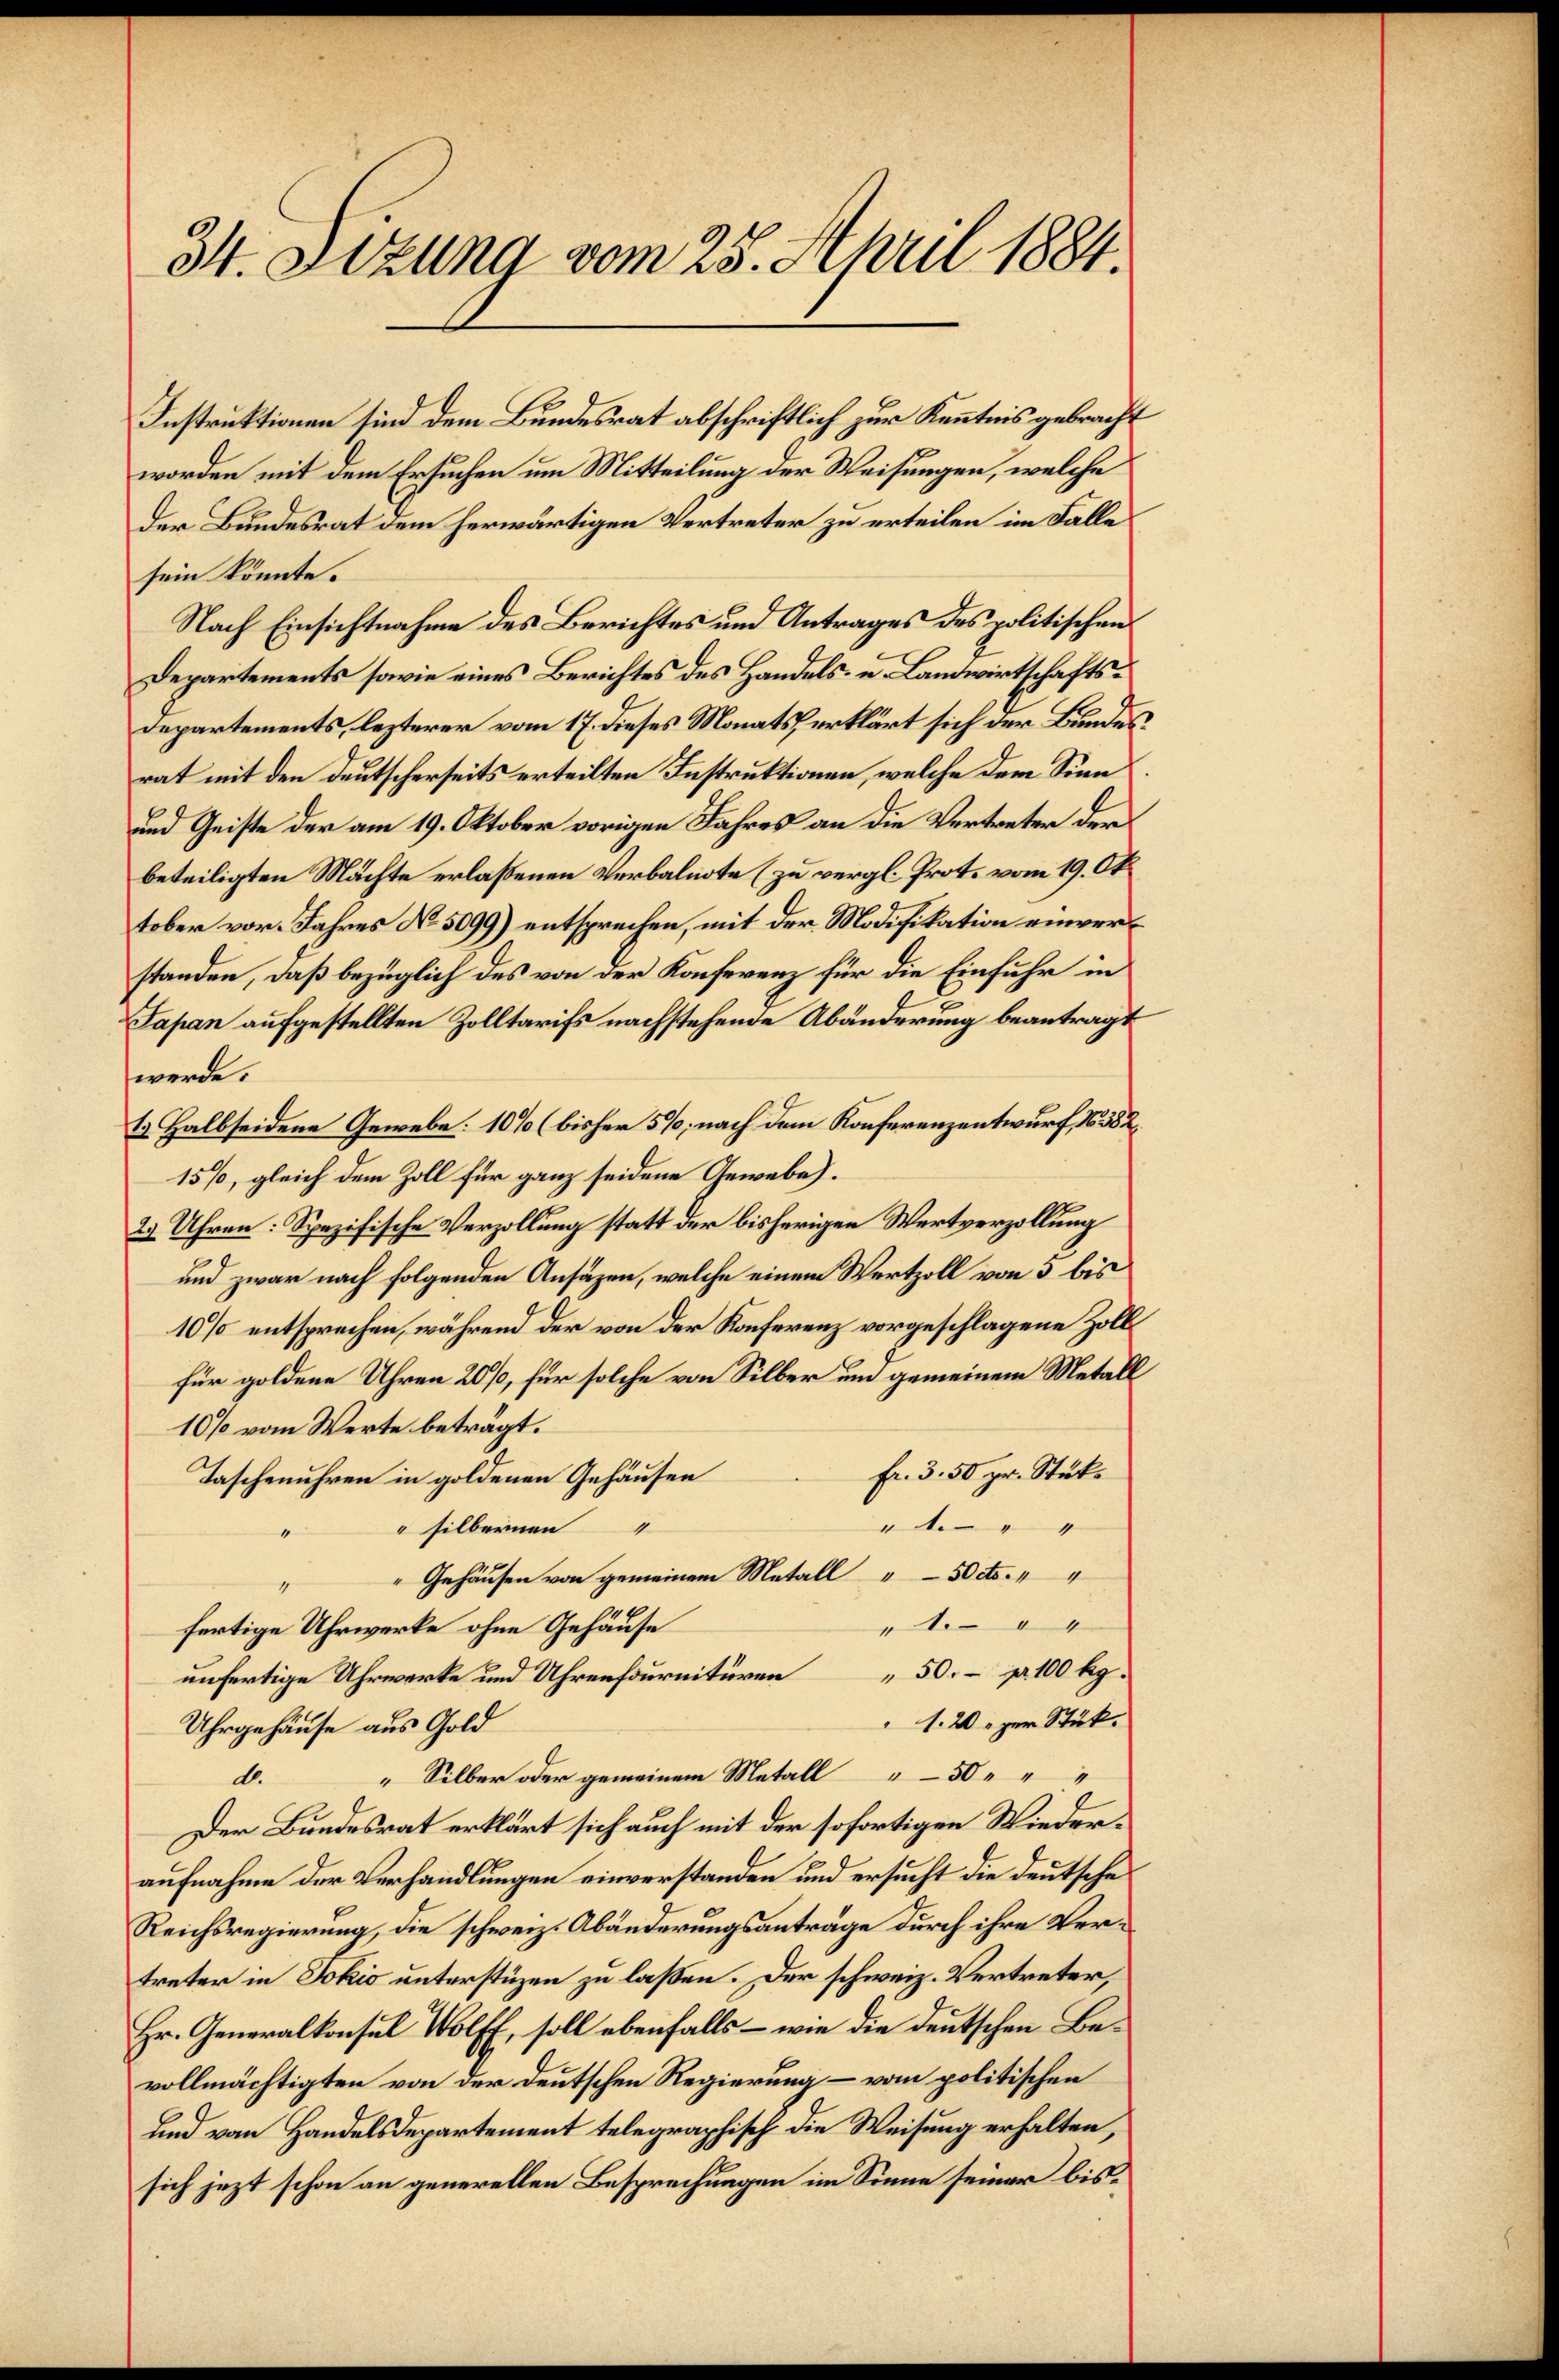
34. Setzung vom 28. April 1884.

Instruktionen sind dem Bundesrat abschriftlich zur Kenntnis gebracht
worden mit dem Ersuchen um Mitteilung der Weisungen, welche
Der Bundesrat dem herwärtigen Vertreter zu erteilen im Falle
sein könnte.
Nach Einsichtnahme des Berichtes und Antrages des politischen
Departements sowie eines Berichtes des Handels- u. Landwirtschafts¬
Departements, lezterer vom 17. dieses Monats erklärt sich der Bundes
rat mit den deutscherseits erteilten Instruktionen, welche dem Sinn
und Geiste der am 19. Oktober vorigen Jahres an die Vertreter der
beteiligten Mächte erlaßenen Verbalnote (zu vergl. Prot. vom 19. Ok
tober vor. Jahres No. 5099) entsprechen, mit der Modifikation einverstanden, daß bezüglich des von der Konferenz für die Einfuhr in
Japan aufgestellten Zolltarifs nachstehende Abänderung beantragt
werde.
1 Halbseidene Gewebe: 10% (bisher 5%; nach dem Konferenzentwurf, No. 582
15%, gleich dem Zoll für ganz seidene Gewebe).
27 Uhren: Spezifische Verzollung statt der bisherigen Wertverzollung
und zwar nach folgenden Ansäzen, welche einem Wertzoll von 5 bis
10% entsprechen, während der von der Konferenz vorgeschlagene Zoll
für goldene Uhren 20%, für solche von Silber um gemeinem Metall
10% vom Werte beträgt.
fr. 3. 50 pr. Stük¬
Taschenuhren in goldenen Gehäusen
"
" silbernen
Gehäusen von gemeinem Metall " 50 cts. 14
14
fertige Uhrwerke ohne Gehäuse
unfertige Uhrwerke und Uhrenfournituren 50 pr. 100 kg.
1.20 zur Stück.
Uhrgehäuse aus Gold
" Silber oder gemeinem Metall 50
d.
Der Bundesrat erklärt sich auch mit der sofortigen Wiederaufnahme der Verhandlungen einverstanden und ersucht die Deutsche
Reichsregierung, die schweiz. Abänderungsanträge durch ihre Vertreter in Jokić unterstüzen zu laßen. Der schweiz. Vertreter,
Hr. Generalkonsul Wolff, soll ebenfalls – wie die deutschen Bevollmächtigten von der deutschen Regierung – vom politischen
und vom Handelsdepartement telegraphisch die Weisung erhalten,
sich jezt schon an generellen Besprechungen im Sinne seiner bis¬